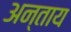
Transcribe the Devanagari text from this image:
अन्ताय